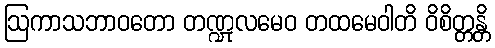
ဩကာသဘာဝတော တဏ္ဍုလမေဝ တထမေဝါတိ ဝိစိတ္တန္တိ